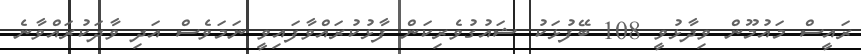
ރައީސް މައުމޫން ވިދާޅުވީ 108 ބޭފުޅަކު ޝައުގުވެރިކަން ފާޅުކުރައްވާފައިވީ ނަމަވެސް އަދި ވާދަކުރައްވާނެ